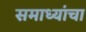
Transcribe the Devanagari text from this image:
समाध्यांचा